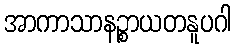
အာကာသာနဉ္စာယတနူပဂါ